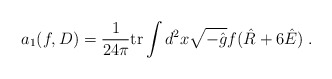
\begin{align*}a_1 (f, D)=\frac 1{24\pi} {\rm tr}\int d^2x\sqrt{-\hat g} f (\hat R+6\hat E)\; .\end{align*}